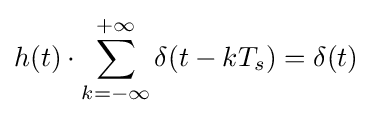
h(t)\cdot \sum _{k=-\infty }^{+\infty }\delta (t-kT_{s})=\delta (t)